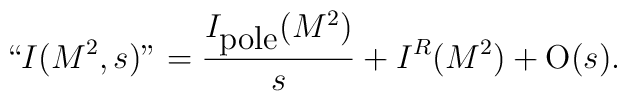
``I(M^{2},s)"={I_{\mbox {pole}}(M^{2})\over s}+I^{R}(M^{2})+{\mbox O}(s).